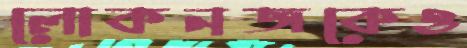
লোকনজকেও